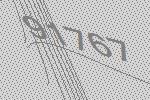
91767